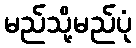
မည်သို့မည်ပုံ